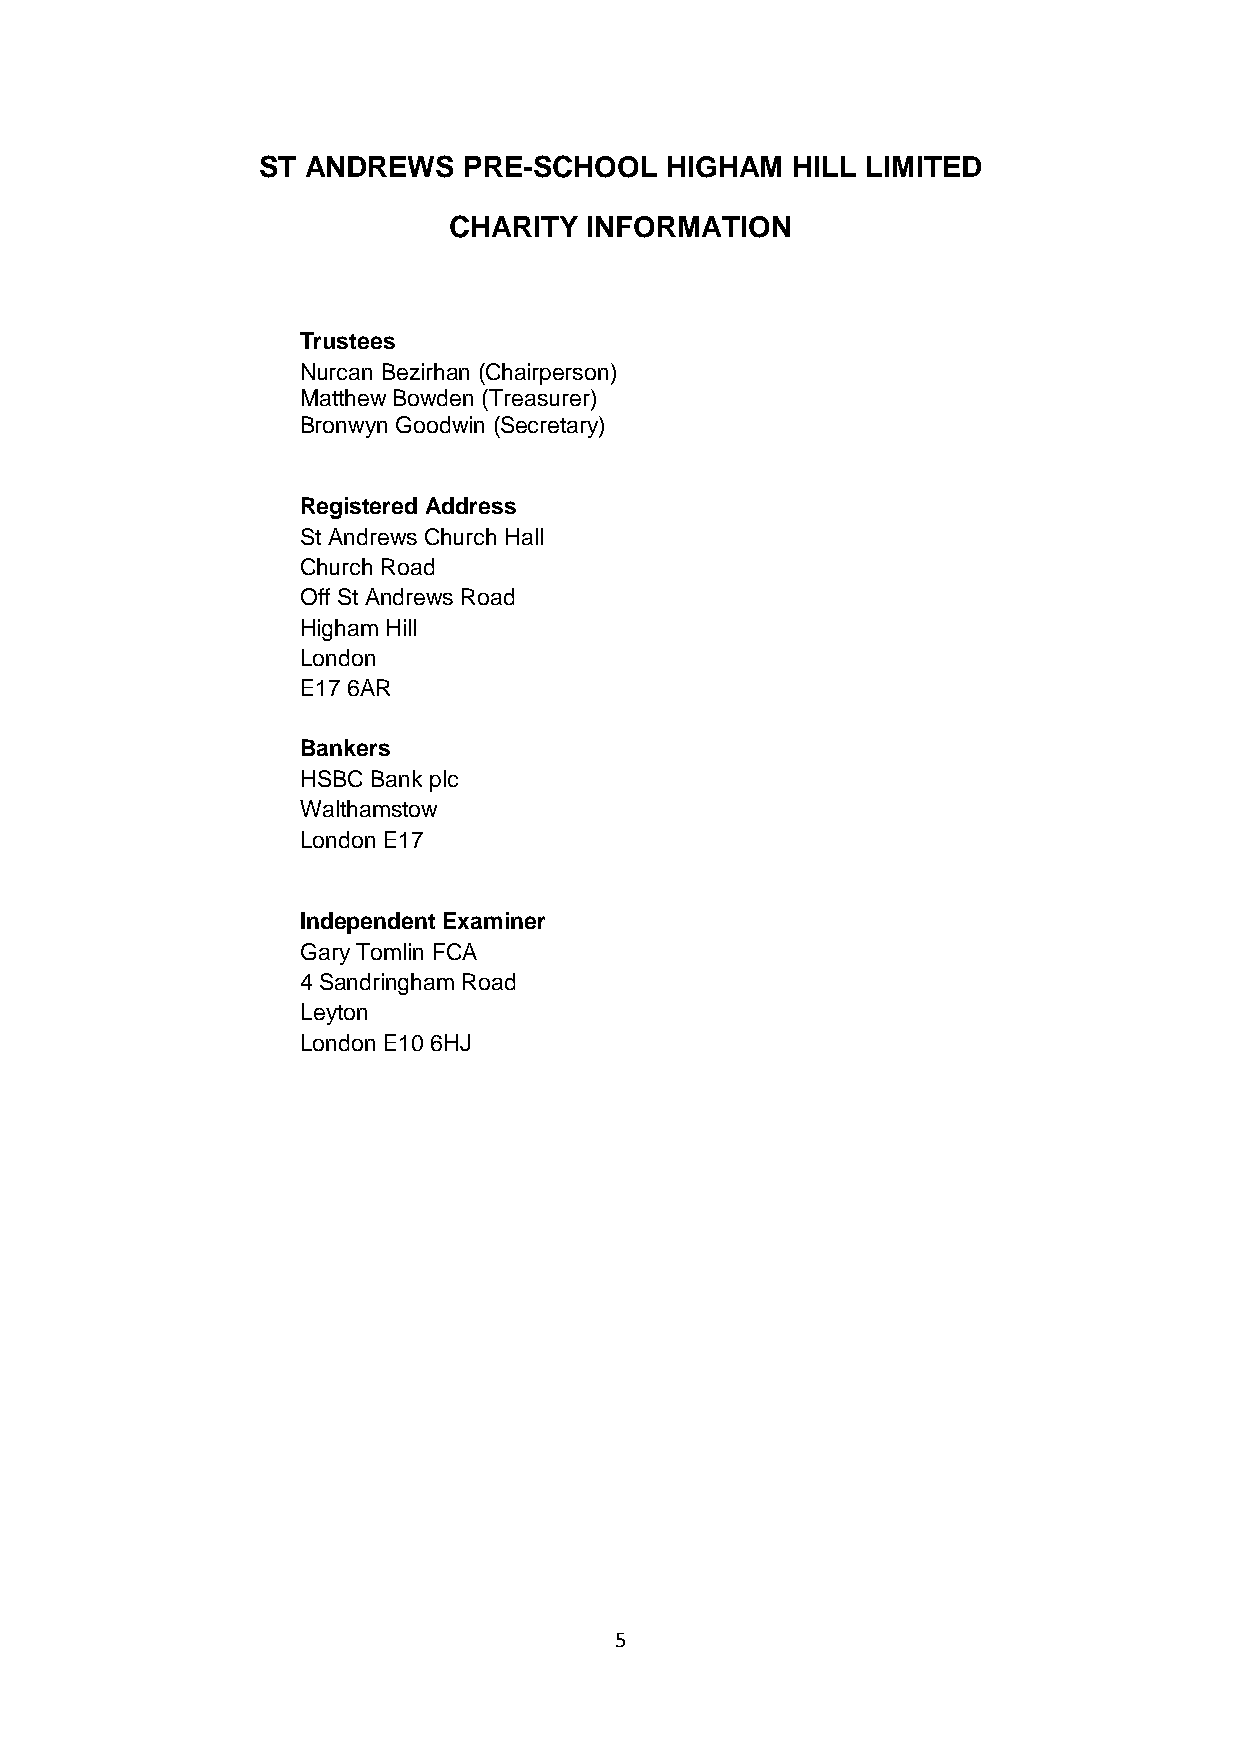
ST ANDREWS    PRE-SCHOOL   HIGHAM  HILL LIMITED
 CHARITY  INFORMATION
 Trustees
 Nurcan Bezirhan (Chairperson)
 Matthew Bowden (Treasurer)
 Bronwyn Goodwin (Secretary)
 Registered Address
 St Andrews Church Hall
 Church Road
 Off St Andrews Road
 Higham Hill
 London
 E17 6AR
 Bankers
 HSBC Bank plc
 Walthamstow
 London E17
 Independent Examiner
 Gary Tomlin FCA
 4 Sandringham Road
 Leyton
 London E10 6HJ
 5